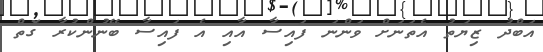
އަބްދު ޒިޔަތު އެތަނަށް ވަންނަ ފައިސާ އާއި އެ ފައިސާ ބޭނުންކުރާ ގޮތް